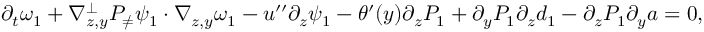
\begin{array} { r } { \partial _ { t } \omega _ { 1 } + \nabla _ { z , y } ^ { \bot } P _ { \neq } \psi _ { 1 } \cdot \nabla _ { z , y } \omega _ { 1 } - u ^ { \prime \prime } \partial _ { z } \psi _ { 1 } - \theta ^ { \prime } ( y ) \partial _ { z } P _ { 1 } + \partial _ { y } P _ { 1 } \partial _ { z } d _ { 1 } - \partial _ { z } P _ { 1 } \partial _ { y } a = 0 , } \end{array}